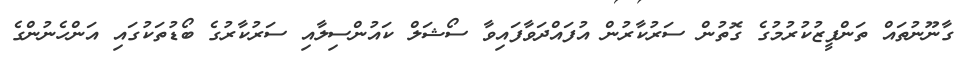
ގާނޫނުތައް ތަންފީޒުކުރުމުގެ ގޮތުން ސަރުކާރުން އުފައްދަވާފައިވާ ސޯޝަލް ކައުންސިލާއި ސަރުކާރުގެ ބޯޑުތަކުގައި އަންހެނުންގެ